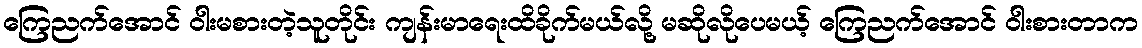
ကြေညက်အောင် ဝါးမစားတဲ့သူတိုင်း ကျန်းမာရေးထိခိုက်မယ်လို့ မဆိုလိုပေမယ့် ကြေညက်အောင် ဝါးစားတာက